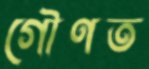
গৌণত